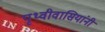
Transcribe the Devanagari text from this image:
पृथ्वीवासियांनी